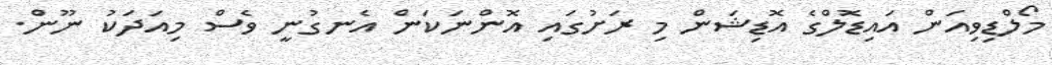
މޯލްޑިވިއަން އައިޑޮލްގެ އޮޑިޝަން މި ރަށުގައި އޮންނަކަން އެނގުނީ ވެސް މިއަދަކު ނޫން.